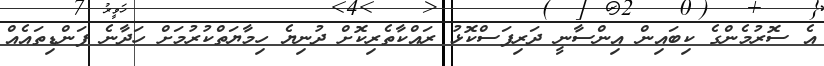
އެ ސޮރުމެންގެ ކިބައިން އިންސާނީ ދަރިފަސްކޮޅު ރައްކާތެރިކޮށް ދުނިޔެ ހިމާޔަތްކުރުމަށް ހަދާނެ ފަންޑިތައެއް